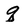
Character: q